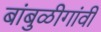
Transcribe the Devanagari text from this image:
बांबुळीगांवीं